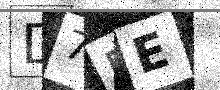
Text: D7PE